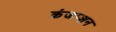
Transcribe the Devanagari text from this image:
कंजप्शन